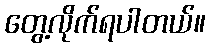
တွေ့လိုက်ရပါတယ်။